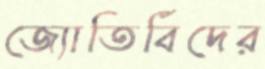
জ্যোতির্বিদের